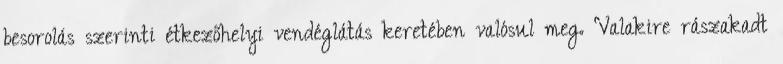
besorolás szerinti étkezőhelyi vendéglátás keretében valósul meg. Valakire rászakadt